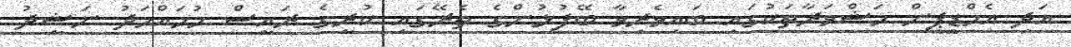
އަދި އެމްޑީޕީން މަޝްވަރާތަކުގައި ބައިވެރިވާ ބޭފުޅުންގެ ތެރޭގައި ކުރީގެ ރައީސް މުހައްމަދު ނަޝީދު